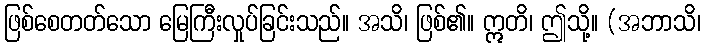
ဖြစ်စေတတ်သော မြေကြီးလှုပ်ခြင်းသည်။ အသိ၊ ဖြစ်၏။ ဣတိ၊ ဤသို့။ (အဘာသိ၊